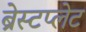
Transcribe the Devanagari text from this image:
ब्रेस्टप्लेट